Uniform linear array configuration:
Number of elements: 8
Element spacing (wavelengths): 1
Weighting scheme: blackman
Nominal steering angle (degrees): -30
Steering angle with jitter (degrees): -28.268
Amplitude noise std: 0.05
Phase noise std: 0.05

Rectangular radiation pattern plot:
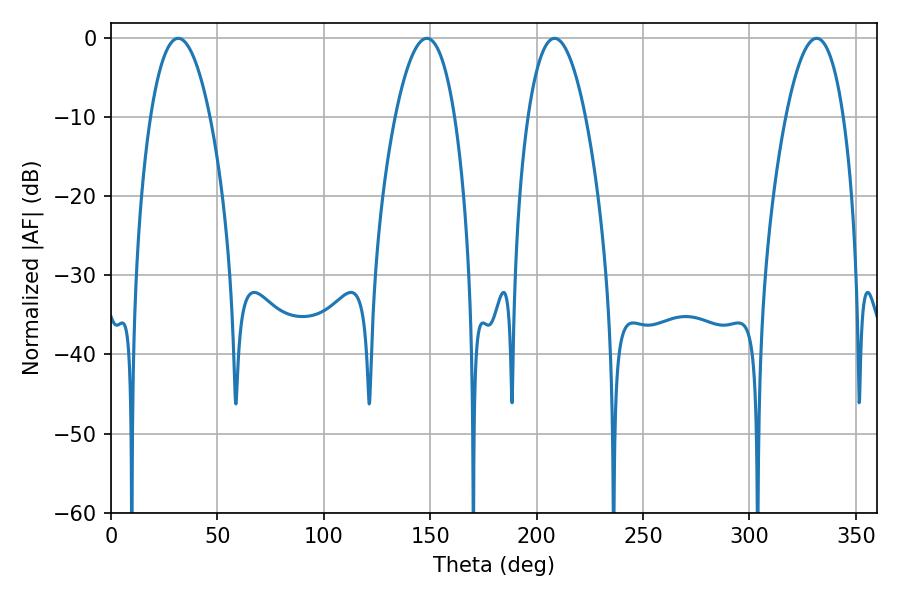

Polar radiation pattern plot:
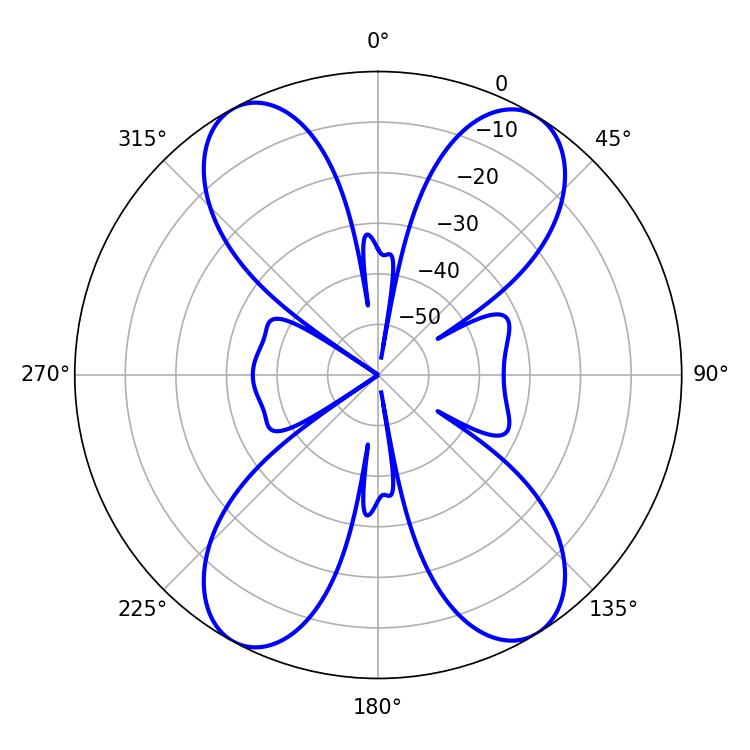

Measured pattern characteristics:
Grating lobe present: TRUE
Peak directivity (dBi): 17.493
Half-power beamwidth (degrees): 14.94
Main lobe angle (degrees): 208.44